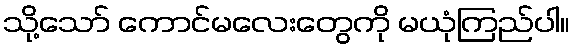
သို့သော် ကောင်မလေးတွေကို မယုံကြည်ပါ။